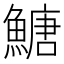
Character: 𩹶